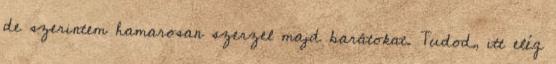
de szerintem hamarosan szerzel majd barátokat. Tudod, itt elég